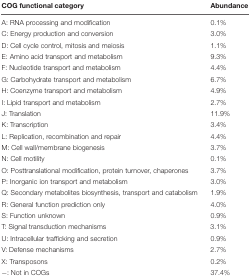
| COG functional category | Abundance |
 | --- | --- |
 | A: RNA processing and modification | 0.1% |
 | C: Energy production and conversion | 3.0% |
 | D: Cell cycle control, mitosis and meiosis | 1.1% |
 | E: Amino acid transport and metabolism | 9.3% |
 | F: Nucleotide transport and metabolism | 4.4% |
 | G: Carbohydrate transport and metabolism | 6.7% |
 | H: Coenzyme transport and metabolism | 4.9% |
 | I: Lipid transport and metabolism | 2.7% |
 | J: Translation | 11.9% |
 | K: Transcription | 3.4% |
 | L: Replication, recombination and repair | 4.4% |
 | M: Cell wall/membrane biogenesis | 3.7% |
 | N: Cell motility | 0.1% |
 | O: Posttranslational modification, protein turnover, chaperones | 3.7% |
 | P: Inorganic ion transport and metabolism | 3.0% |
 | Q: Secondary metabolites biosynthesis, transport and catabolism | 1.9% |
 | R: General function prediction only | 4.0% |
 | S: Function unknown | 0.9% |
 | T: Signal transduction mechanisms | 3.1% |
 | U: Intracellular trafficking and secretion | 0.9% |
 | V: Defense mechanisms | 2.7% |
 | X: Transposons | 0.2% |
 | –: Not in COGs | 37.4% |